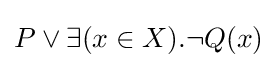
P\lor \exists (x\in X).\neg Q(x)